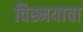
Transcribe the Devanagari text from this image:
विस्मयाचा